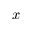
x